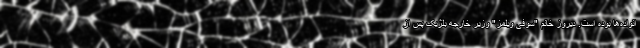
انواده‌ها بوده است. دیروز خانم "سوفی ویلمز" وزیر خارجه بلژیک پس از